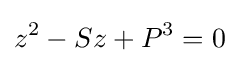
z^{2}-Sz+P^{3}=0